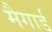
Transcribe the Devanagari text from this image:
मैगार्ड